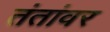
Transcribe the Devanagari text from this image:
तंतांवर